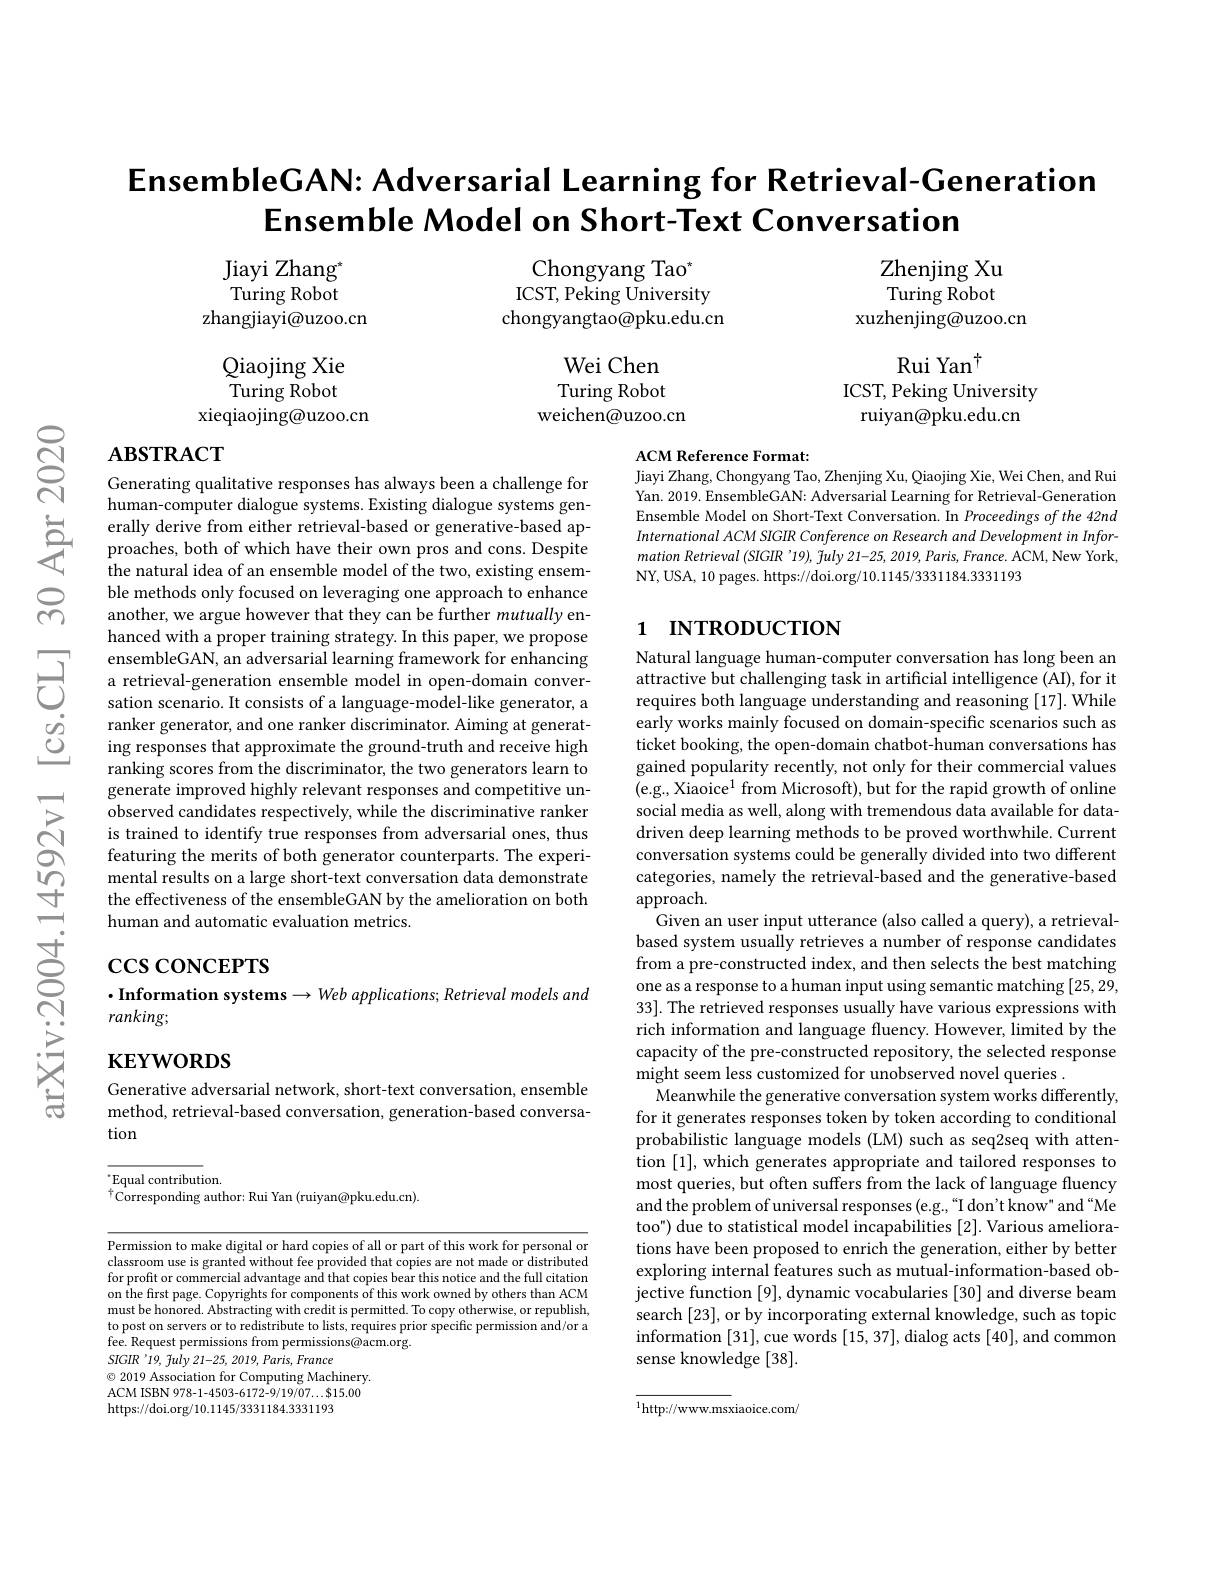
$ଟ୍ରି$

EnsembleGAN: Adversarial Learning for Retrieval-Generation
Ensemble Model on Short-Text Conversation

Jiayi Zhang" Turing Robot
zhangjiayi@uzoo.cn

Zhenjing Xu Turing Robot
xuzhenjing@uzoo.cn

Chongyang Tao$^*$ ICST, Peking University chongyangtao@pku.edu.cn

Rui Yan$^{\dagger}$
ICST, Peking University ruiyan@pku.edu.cn

Wei Chen Turing Robot
weichen@uzoo.cn

Qiaojing Xie $\tilde{\mathrm{Turing~Robot}}$
xieqiaojing@uzoo.cn

## $\mathbf{ABSTRACT}$

ACM Reference Format:
Jiayi Zhang, Chongyang Tao, Zhenjing Xu, Qiaojing Xie, Wei Chen, and Rui

Yan. 2019. EnsembleGAN: Adversarial Learning for Retrieval-Generation Ensemble Model on Short-Text Conversation. In Proceedings of the 42nd International ACM SIGIR Conference on Research and Development in Information Retrieval (SIGIR'19), $\tilde{f}uly$ 21-25, 2019, Paris, France. ACM, New York, NY, USA, 10 pages. https://doi.org/10.1145/3331184.3331193

# 1 INTRODUCTION

Generating qualitative responses has always been a challenge for human-computer dialogue systems. Existing dialogue systems gen-
erally derive from either retrieval- based or generative- based ap- proaches, both of which have their own pros and cons. Despite the natural idea of an ensemble model of the two, existing ensem-
the natural idea of an ensemble model of the two, existing ensemble methods only focused on leveraging one approach to enhance another, we argue however that they can be further mutually enhanced with a proper training strategy. In this paper, we propose ensembleGAN, an adversarial learning framework for enhancing a retrieval-generation ensemble model in open-domain conversation scenario. It consists of a language-model-like generator, a ranker generator, and one ranker discriminator. Aiming at generating responses that approximate the ground-truth and receive high ranking scores from the discriminator, the two generators learn to generate improved highly relevant responses and competitive unobserved candidates respectively, while the discriminative ranker is trained to identify true responses from adversarial ones, thus featuring the merits of both generator counterparts. The experimental results on a large short-text conversation data demonstrate the effectiveness of the ensembleGAN by the amelioration on both human and automatic evaluation metrics.

Natural language human-computer conversation has long been an attractive but challenging task in artificial intelligence (AI), for it requires both language understanding and reasoning [17]. While early works mainly focused on domain-specific scenarios such as ticket booking, the open-domain chatbot-human conversations has gained popularity recently, not only for their commercial values (e.g., Xiaoice$^1$ from Microsoft), but for the rapid growth of online social media as well, along with tremendous data available for datadriven deep learning methods to be proved worthwhile. Current conversation systems could be generally divided into two different categories, namely the retrieval-based and the generative-based approach.
Given an user input utterance (also called a query), a retrievalbased system usually retrieves a number of response candidates from a pre-constructed index, and then selects the best matching one as a response to a human input using semantic matching [25,29, 33]. The retrieved responses usually have various expressions with rich information and language fluency. However, limited by the capacity of the pre-constructed repository, the selected response might seem less customized for unobserved novel queries .
Meanwhile the generative conversation system works differently, for it generates responses token by token according to conditional probabilistic language models (LM) such as seq2seq with attention [1], which generates appropriate and tailored responses to most queries, but often suffers from the lack of language fluency and the problem of universal responses (e.g.,“I don't know" and“Me too") due to statistical model incapabilities [2]. Various ameliorations have been proposed to enrich the generation, either by better exploring internal features such as mutual-information-based objective function [9], dynamic vocabularies [30] and diverse beam search [23], or by incorporating external knowledge, such as topic information [31], cue words [15, 37], dialog acts [40], and common sense knowledge [38].

# $\csc\csc$coNCEPTS
$\cdot$Information systems$\to Web$ applications; Retrieval models and
# ranking;

$\mathbf{KEYWORDS}$

Generative adversarial network, short-text conversation, ensemble method, retrieval-based conversation, generation-based conversation

$^{*}$Equal contribution.
$^{4}$Corresponding author: Rui Yan (ruiyan@pku.edu.cn).

Permission to make digital or hard copies of all or part of this work for personal or classroom use is granted without fee provided that copies are not made or distributed for profit or commercial advantage and that copies bear this notice and the full citation on the first page. Copyrights for components of this work owned by others than ACM must be honored. Abstracting with credit is permitted. To copy otherwise, or republish, to post on servers or to redistribute to lists, requires prior specific permission and/or a fee. Request permissions from permissions@acm.org.
$SIGIR$'19, fuly 21-25, 2019, Paris, France
$\textcircled{\circ}$ 2019 Association for Computing Machinery. ACM ISBN 978-1-4503-6172-9/19/07\ldots\$15.00 https://doi.org/10.1145/3331184.3331193

$^{1}$http://www.msxiaoice.com/